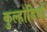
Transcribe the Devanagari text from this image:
कुल्हाडियों